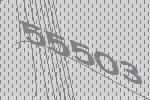
55503